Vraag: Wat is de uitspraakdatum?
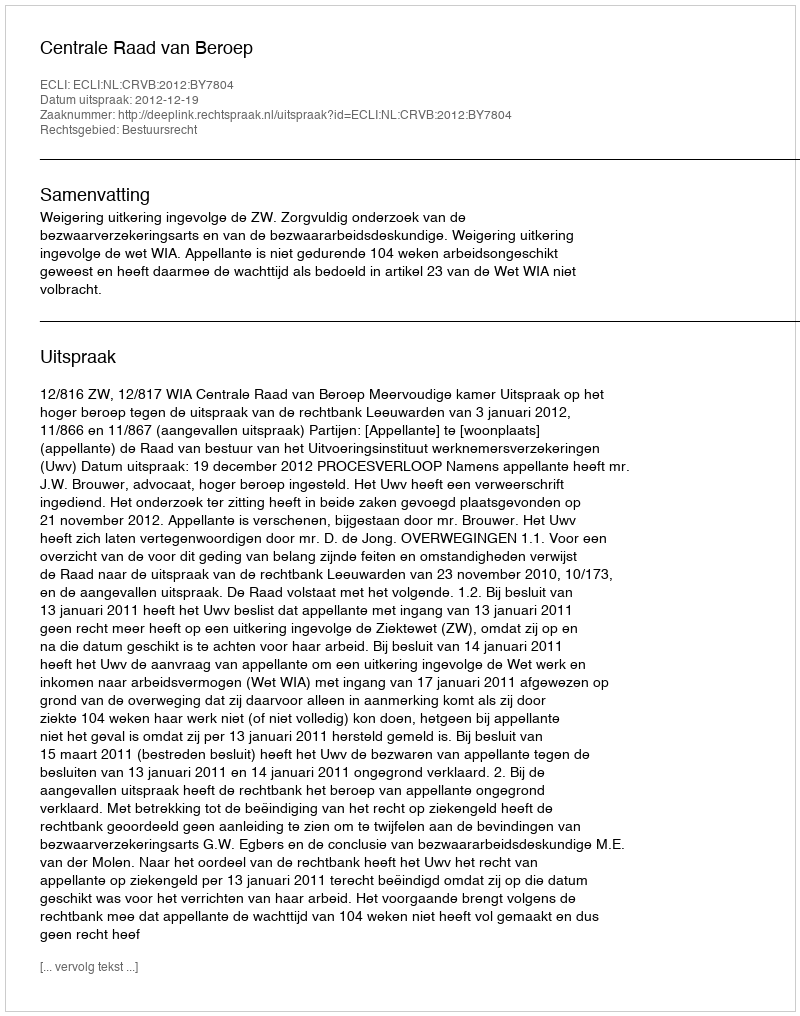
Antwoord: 2012-12-19